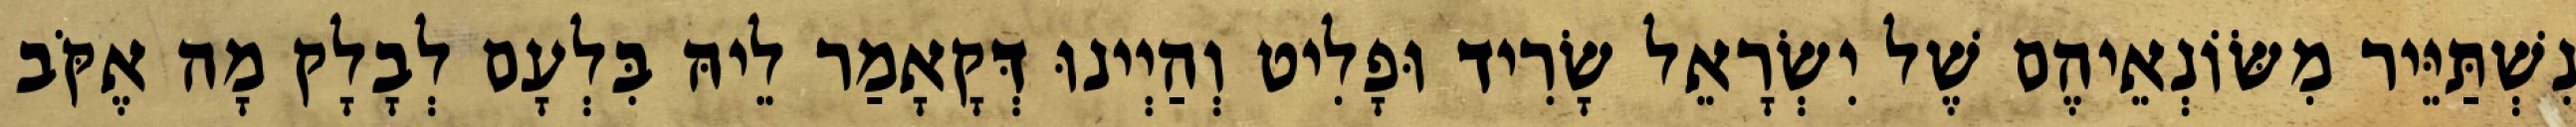
נִשְׁתַּיֵּיר מִשּׂוֹנְאֵיהֶם שֶׁל יִשְׂרָאֵל שָׂרִיד וּפָלִיט וְהַיְינוּ דְּקָאָמַר לֵיהּ בִּלְעָם לְבָלָק מָה אֶקֹּב